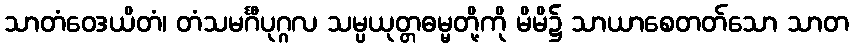
သာတံဝေဒယိတံ၊ တံသမင်္ဂီပုဂ္ဂလ သမ္ပယုတ္တဓမ္မတို့ကို မိမိ၌ သာယာစေတတ်သော သာတ